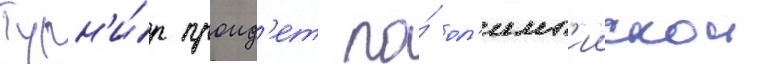
Турн'и́р проид'ет по́ ол'имп'иискои